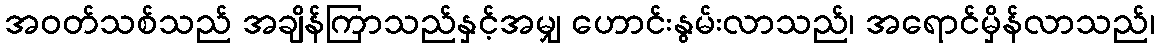
အဝတ်သစ်သည် အချိန်ကြာသည်နှင့်အမျှ ဟောင်းနွမ်းလာသည်၊ အရောင်မှိန်လာသည်၊